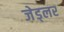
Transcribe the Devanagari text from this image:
जेड्लर